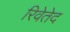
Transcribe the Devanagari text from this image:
रिवेतेद